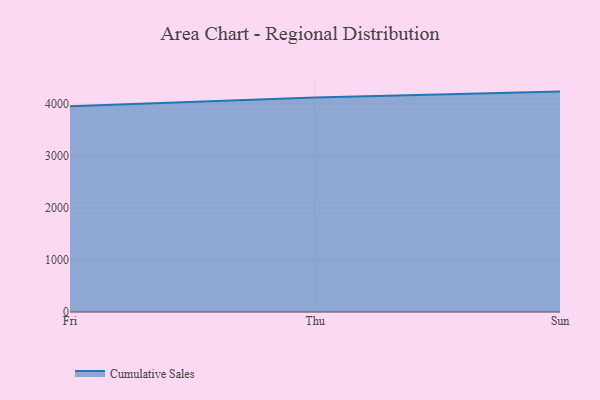
{"axis": {"x": "Day", "y": "Budget (USD K)"}, "legend": ["Cumulative Sales"], "data": [{"x": "Fri", "y": 3959.7, "type": "Cumulative Sales"}, {"x": "Thu", "y": 4127.7, "type": "Cumulative Sales"}, {"x": "Sun", "y": 4239.5, "type": "Cumulative Sales"}]}